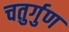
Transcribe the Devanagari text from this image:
चतुर्गुण